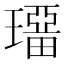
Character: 𤩾